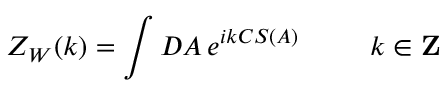
Z _ { W } ( k ) = \int { \cal D \/ } A \, e ^ { i k C S ( A ) } \; \; \; \; \; \; \; \; \; k \in { \bf Z }